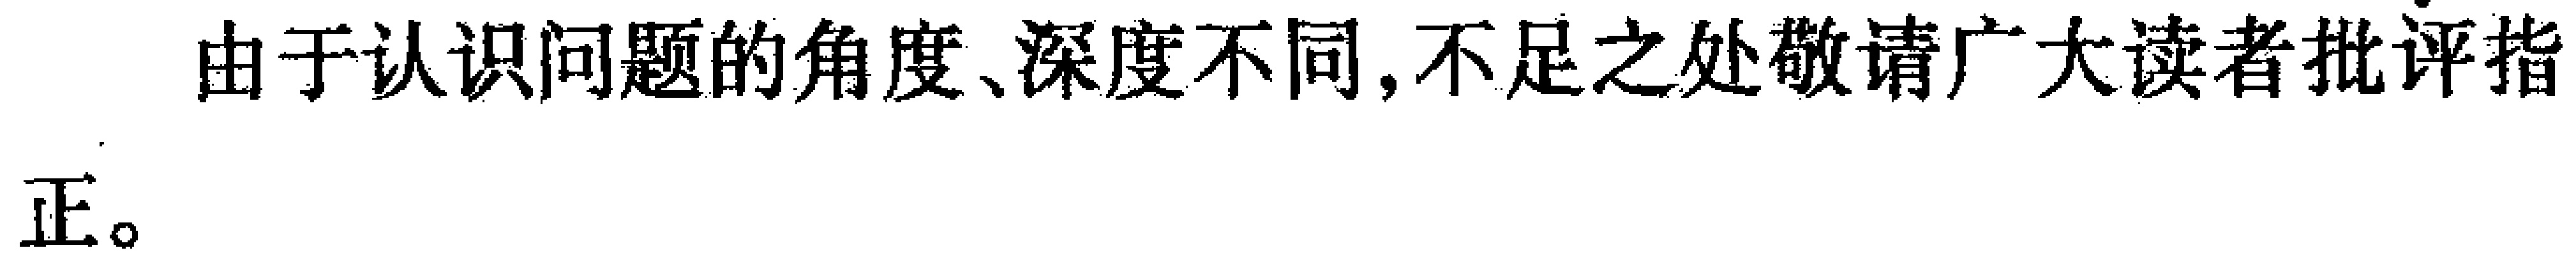
由于认识问题的角度、深度不同,不足之处敬请广大读者批评指正。